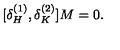
[ \delta _ { H } ^ { ( 1 ) } , \delta _ { K } ^ { ( 2 ) } ] M = 0 .